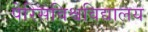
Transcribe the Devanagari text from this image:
पेरिसविश्वविद्यालय